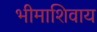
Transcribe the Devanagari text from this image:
भीमाशिवाय